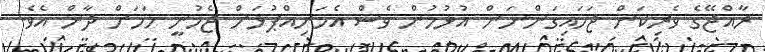
ރާއްޖޭގެ ވެރިކަން ޖަހައިގަންނަން އުޅުމުން ވެސް އެމަނިއްޕުޅަށް ޖެހުނީ މަހަށް ދާން އެވެ.